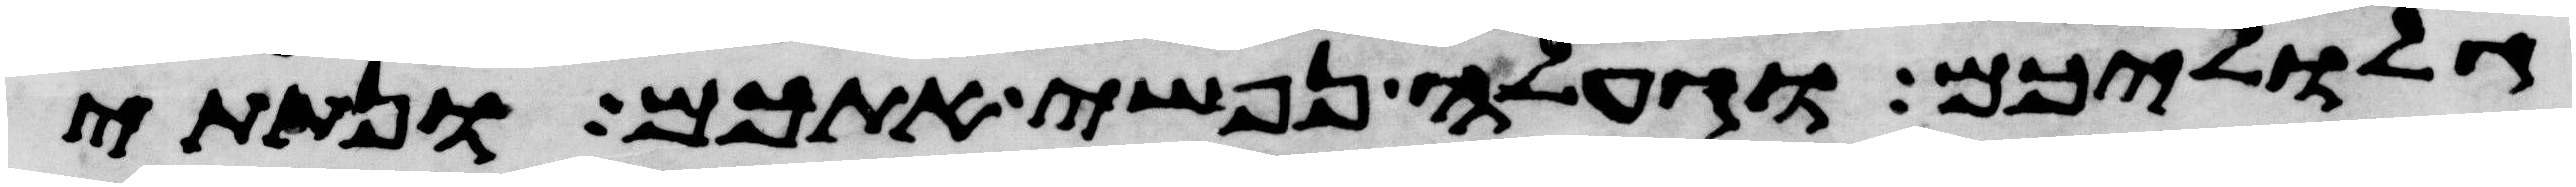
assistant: גלוליכם וגעלה נפשי אתכם ונתתי